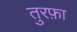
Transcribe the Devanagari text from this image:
तुरफ़ा